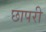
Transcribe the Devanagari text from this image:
छापरी